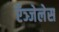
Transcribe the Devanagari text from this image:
ऍञ्जेलेस